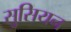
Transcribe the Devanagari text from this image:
सुसियन